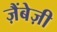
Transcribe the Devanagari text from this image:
ज़ैंबेज़ी